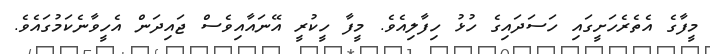
މީފާގެ އެތެރެހަށީގައި ހަސަދައިގެ ހުޅު ހިފާލިއެވެ. މީފާ ހީކުރީ އޭނައާއިވެސް ޖައިދަން އެހީވާނެކަމުގައެވެ.